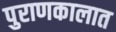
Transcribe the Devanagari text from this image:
पुराणकालात